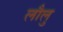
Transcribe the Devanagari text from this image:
लौलु